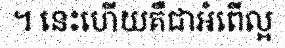
។ នេះហើយគឺជាអំពើល្អ